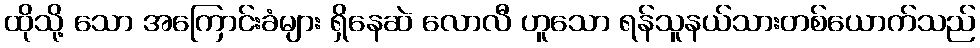
ထိုသို့ သော အကြောင်းခံများ ရှိနေဆဲ လောလီ ဟူသော ရန်သူနယ်သားတစ်ယောက်သည်